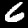
Digit: 6